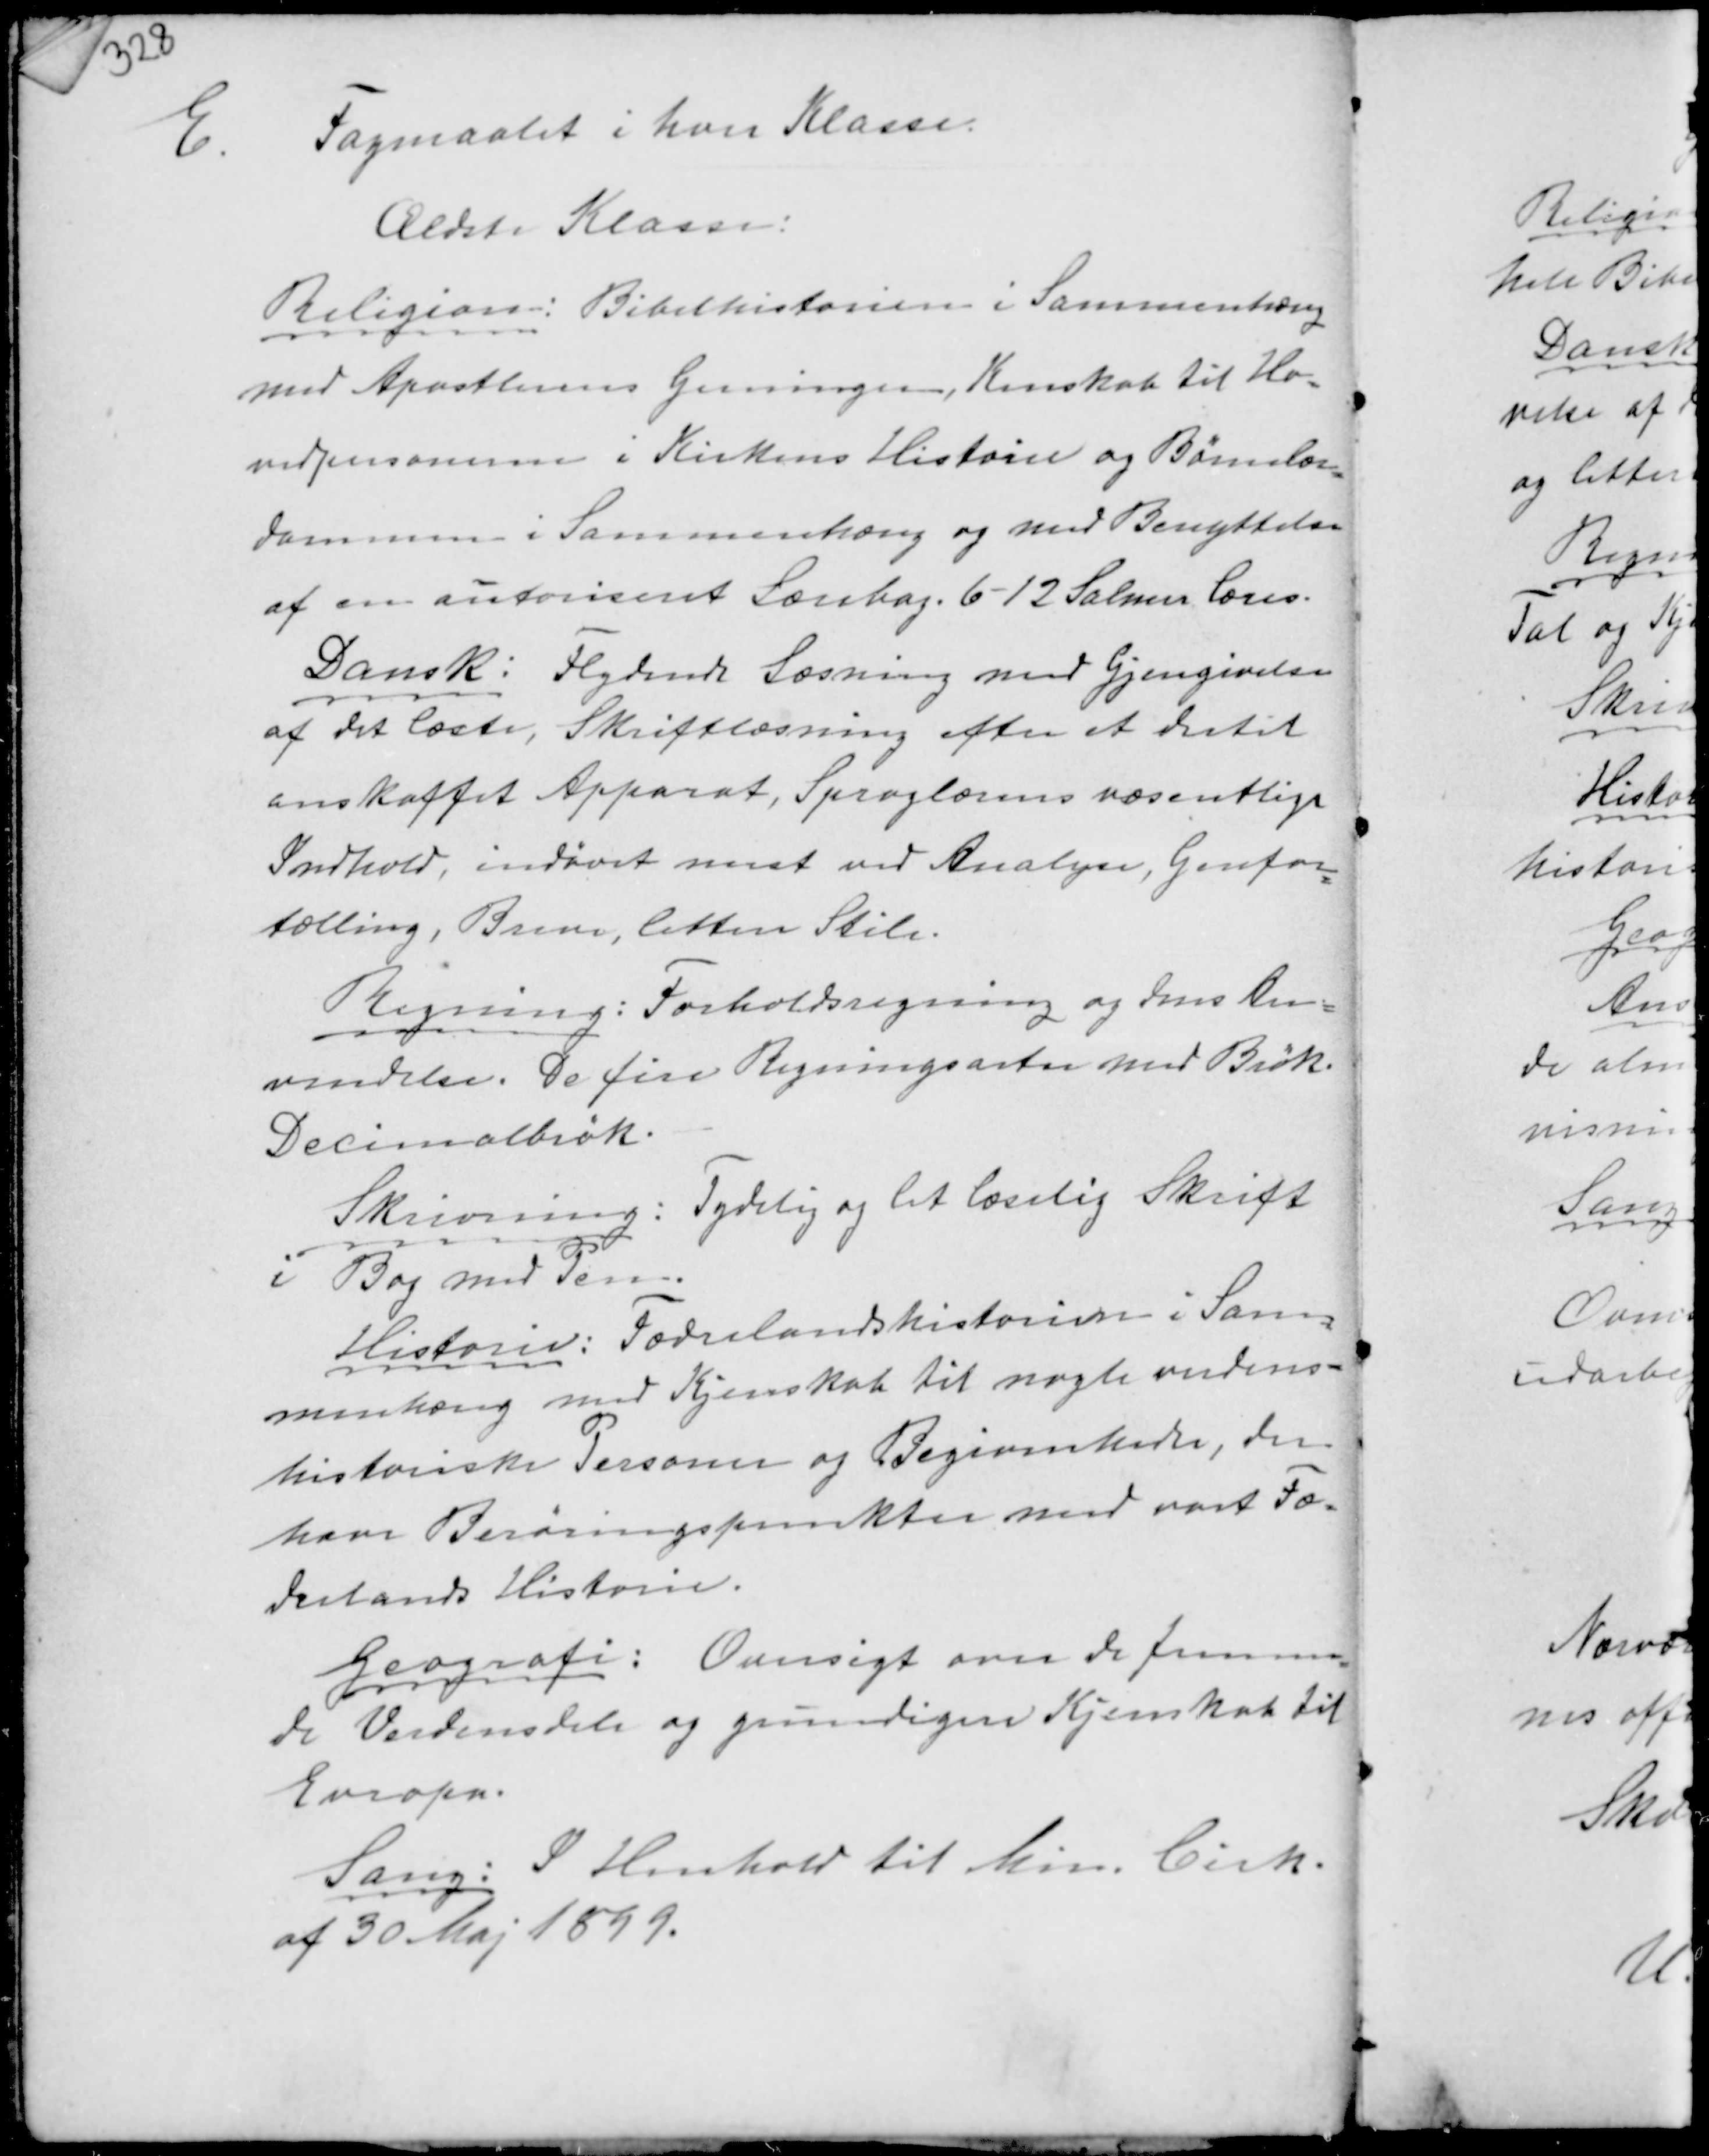
Transskription:
E.
Fagmaalet i hver Klasse.

Ældste Klasse:

Religion: Bibelhistorien i Sammenhæng
med Apostlernes Gerninger, Kunskab til Ho-
vedpersonerne i Kirkens Historie og Børnelær-
dommen i Sammenhæng og med Benyttelse
af en autoriseret Lærebog. 6-12 Salmer Læses.
Dansk: Flydende Læsning med Gjengivelse
af det læste, Skriftlæsning efter et dertil
anskaffet Apparat, Sproglærens væsentlige
Indhold, indøvet mest ved Analyse, Genfor-
tælling, Breve, lettere Stile.

Regning: Forholdsregning og dens An-
vendelse. De fire Regningsarter med Brøk,
Decimalbrøk.
Skrivning: Tydelig og let læselig Skrift
i Bog med Pen.
Historie: Fædrelandshistorien i Sam-
menhæng med Kjenskab til nogle verdens-
historiske Personer og Begivenheder, der
have Berøringspunkter med vort Fæ-
drelands Historie.
Geografi: Oversigt over de fremme-
de Verdensdele og grundigen Kjenskab til
Europa.
Sang: I Henhold til Min. Cirk.
af 30 Maj 1899.